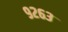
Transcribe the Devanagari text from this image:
९२६३